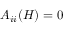
A _ { i i } ( H ) = 0